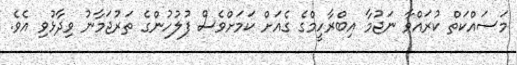
މަސައްކަތް ކުރައްވާ ނަޖުމާ އިބްރާހީމްގެ ގެއަށް ކަަމަށްވެސް ފުލުހުންގެ ތަރުޖަމާނު ވިދާޅުވި އެވެ.